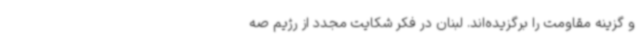
و گزینه مقاومت را برگزیده‌اند. لبنان در فکر شکایت مجدد از رژیم صه